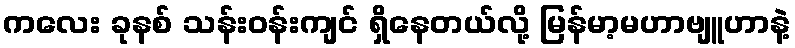
ကလေး ခုနစ် သန်းဝန်းကျင် ရှိနေတယ်လို့ မြန်မာ့မဟာဗျူဟာနဲ့